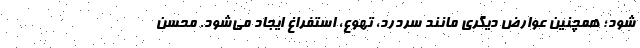
شود؛ همچنین عوارض دیگری مانند سردرد، تهوع، استفراغ ایجاد می‌شود. محسن